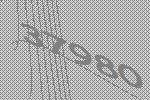
37980